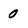
Character: 0